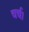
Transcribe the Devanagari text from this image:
चर्च।